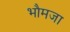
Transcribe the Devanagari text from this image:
भौमजा